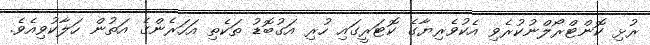
ރުޅި ކޮންޓްރޯލްނުކުރެވި އެކުވެރިޔާގެ ކޮޓަރީގައި ހުރި އަގުބޮޑު ތަކެތި އަހަރެންގެ އަތުން ހަލާކުވިއެވެ.